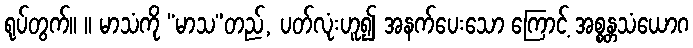
ရုပ်တွက်။ ။ မာသံကို “မာသ”တည်, ပတ်လုံးဟူ၍ အနက်ပေးသော ကြောင့် အစ္စန္တသံယောဂ